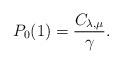
LaTeX: \begin{align*}P_{0}(1) = \frac{C_{\lambda, \mu}}{\gamma}.\end{align*}